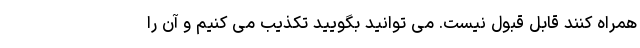
همراه کنند قابل قبول نیست. می توانید بگویید تکذیب می کنیم و آن را